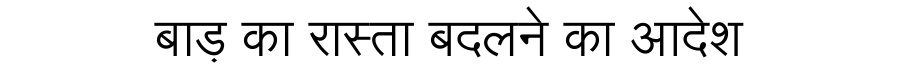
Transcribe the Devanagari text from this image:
बाड़ का रास्ता बदलने का आदेश